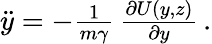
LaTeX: \begin{array}{r}{\ddot{y}=-{\frac{1}{m\gamma}}\, {\frac{\partial U(y,z)}{\partial y}}\, .}\end{array}